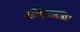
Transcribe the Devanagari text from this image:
श्रीदत्तांचा